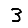
Digit: 3